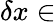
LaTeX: \delta x\in